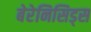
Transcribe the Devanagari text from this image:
बेरेनिसिड्स